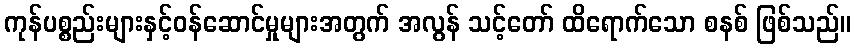
ကုန်ပစ္စည်းများနှင့်ဝန်ဆောင်မှုများအတွက် အလွန် သင့်တော် ထိရောက်သော စနစ် ဖြစ်သည်။